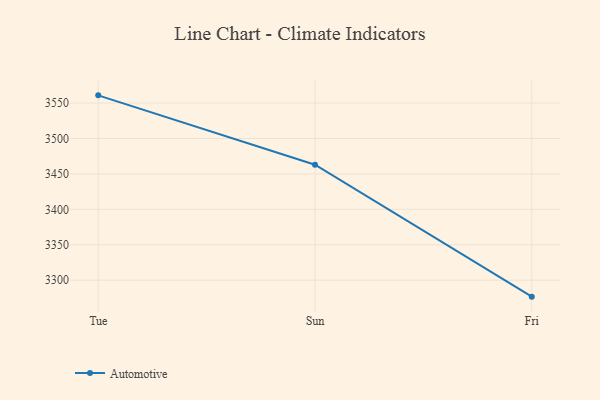
{"axis": {"x": "Day", "y": "LTV (USD)"}, "legend": ["Automotive"], "data": [{"x": "Tue", "y": 3560.9, "type": "Automotive"}, {"x": "Sun", "y": 3462.9, "type": "Automotive"}, {"x": "Fri", "y": 3276.7, "type": "Automotive"}]}